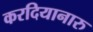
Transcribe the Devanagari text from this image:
करदियानारु